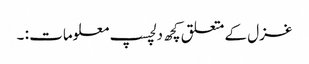
غزل کے متعلق کچھ دلچسپ معلومات : ۔